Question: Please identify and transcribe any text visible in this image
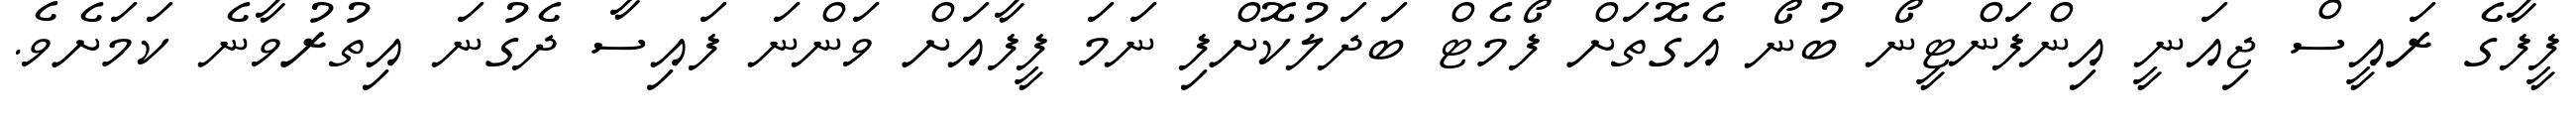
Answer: ފީފާގެ ރައީސް ޖިއަނީ އިންފަންޓީނޯ ބުނޯ އެގޮތަށް ފޯމެޓް ބަދަލުކޮށްފި ނަމަ ފީފާއަށް ވަންނަ ފައިސާ ދެގުނަ އިތުރުވާނެ ކަމަށެވެ.